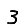
Digit: 3